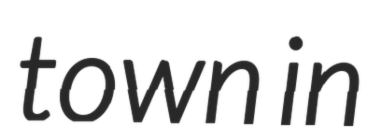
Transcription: town in